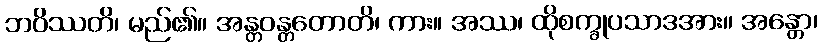
ဘဝိဿတိ၊ မည်၏။ အန္တဝန္တတောတိ၊ ကား။ အဿ၊ ထိုစက္ခုပသာဒအား။ အန္တော၊